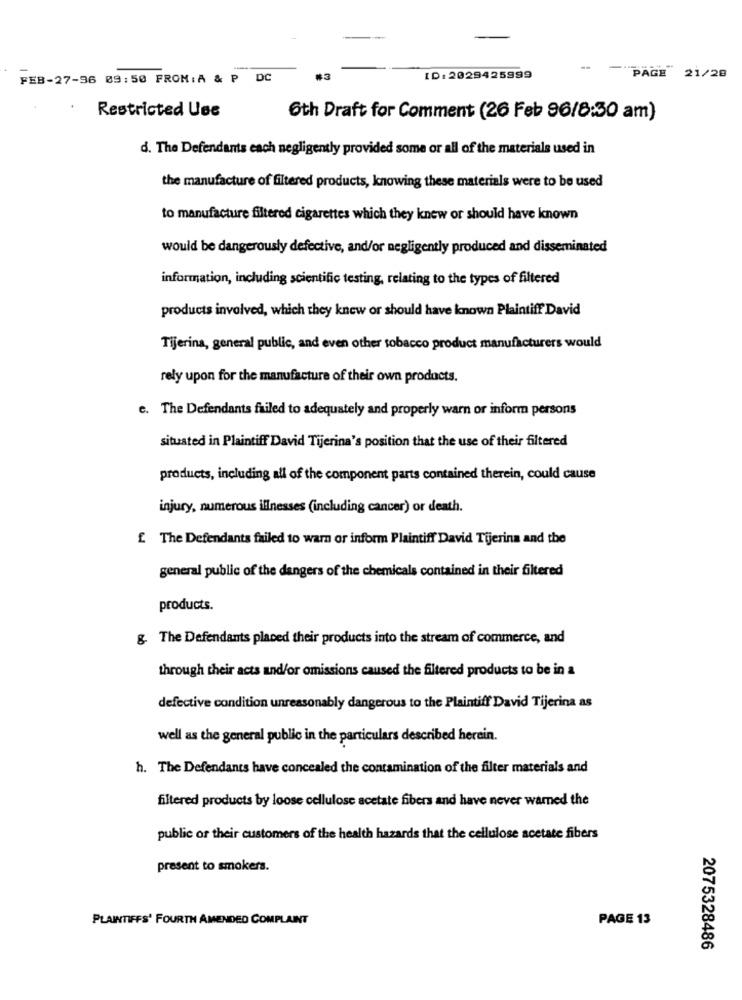
PAGE 21/28
FEB-27-96 09:50 FROM:A & P DC
ID:2029425999
Restricted Use
6th Draft for Comment (26 Feb 96/8:30 am)
d. The Defendants each negligently provided some or all of the materials used in
the manufacture of filtered products, knowing these materials were to be used
to manufacture filtered cigarettes which they knew or should have known
would be dangerously defective, and/or negligently produced and disseminated
information, including scientific testing, relating to the types of filtered
products involved, which they knew or should have known Plaintiff David
Tijerina, general public, and even other tobacco product manufacturers would
rely upon for the manufacture of their own products.
e. The Defendants failed to adequately and properly warn or inform persons
situated in Plaintiff David Tijerina's position that the use of their filtered
products, including all of the component parts contained therein, could cause
injury, numerous illnesses (including cancer) or death.
£ The Defendants failed to warn or inform Plaintiff David Tijerina and the
general public of the dangers of the chemicals contained in their filtered
products.
g. The Defendants placed their products into the stream of commerce, and
through their acts and/or omissions caused the filtered products to be in a
defective condition unreasonably dangerous to the Plaintiff David Tijerina as
well as the general public in the particulars described herein.
h. The Defendants have concealed the contamination of the filter materials and
filtered products by loose cellulose acetate fibers and have never warned the
public or their customers of the health hazards that the cellulose acetate fibers
present to smokers.
PLAINTIFFS' FOURTH AMENDED COMPLAINT
PAGE 13
2075328486